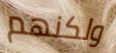
ولكنهم